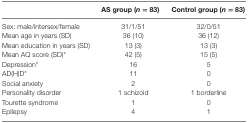
|  | AS group (n = 83) | Control group (n = 83) |
 | --- | --- | --- |
 | Sex: male/intersex/female | 31/1/51 | 32/0/51 |
 | Mean age in years (SD) | 36 (10) | 36 (12) |
 | Mean education in years (SD) | 13 (3) | 13 (3) |
 | Mean AQ score (SD)* | 42 (5) | 15 (5) |
 | Depression* | 16 | 5 |
 | AD(H)D* | 11 | 0 |
 | Social anxiety | 2 | 0 |
 | Personality disorder | 1 schizoid | 1 borderline |
 | Tourette syndrome | 1 | 0 |
 | Epilepsy | 4 | 1 |